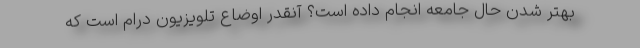
بهتر شدن حال جامعه انجام داده است؟ آنقدر اوضاع تلویزیون درام است که